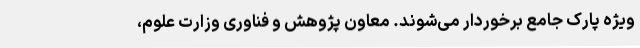
ویژه پارک جامع برخوردار می‌شوند. معاون پژوهش و فناوری وزارت علوم،